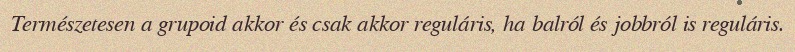
Természetesen a grupoid akkor és csak akkor reguláris, ha balról és jobbról is reguláris.